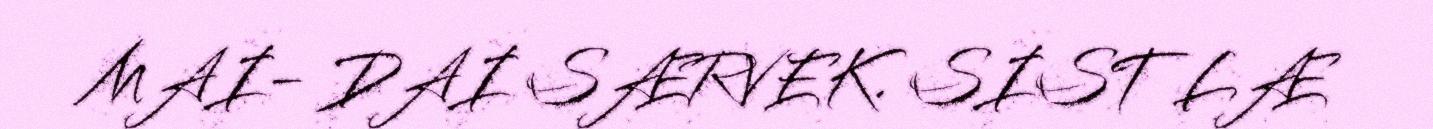
MAI- DAI SÆRVEK. SIST LÆ